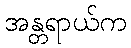
အန္တရာယ်က